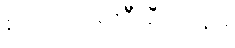
စိုက်ပျိုးရေးဦးစီးဌာနမှ